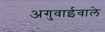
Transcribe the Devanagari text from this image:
अगुवाईवाले